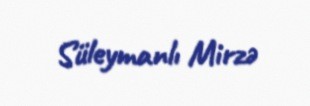
Süleymanlı Mirzə